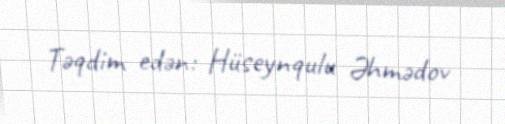
Təqdim edən: Hüseynqulu Əhmədov